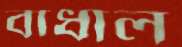
বাধাল